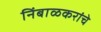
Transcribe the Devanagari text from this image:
निंबाळकरांचे